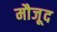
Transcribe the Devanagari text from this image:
मौजू़द